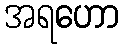
အရဟော